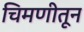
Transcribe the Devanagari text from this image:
चिमणीतून